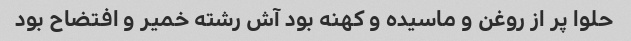
حلوا پر از روغن و ماسیده و کهنه بود آش رشته خمیر و افتضاح بود